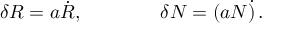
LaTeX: \delta R = a \dot { R } , \qquad \qquad \delta N = ( a N \dot { ) } \, .